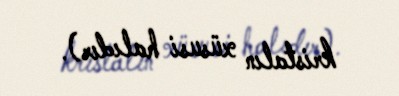
kristalın xüsusi halıdır).